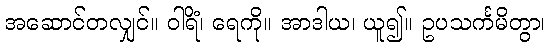
အဆောင်တလျှင်။ ဝါရိံ၊ ရေကို။ အာဒါယ၊ ယူ၍။ ဥပသင်္ကမိတွာ၊